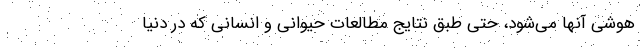
هوشی آنها می‌شود، حتی طبق نتایج مطالعات حیوانی و انسانی که در دنیا